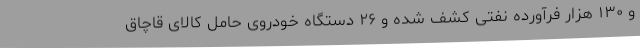
و ۱۳۰ هزار فرآورده نفتی کشف شده و ۲۶ دستگاه خودروی حامل کالای قاچاق